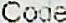
CODE